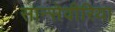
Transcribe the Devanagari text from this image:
सान्सेवीरिया